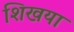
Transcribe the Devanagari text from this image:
शिखया